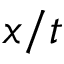
x / t